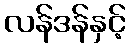
လန်ဒန်နှင့်